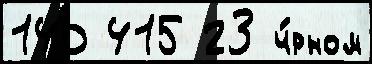
140 415 23 ч́рном